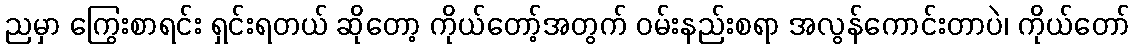
ညမှာ ကြွေးစာရင်း ရှင်းရတယ် ဆိုတော့ ကိုယ်တော့်အတွက် ဝမ်းနည်းစရာ အလွန်ကောင်းတာပဲ၊ ကိုယ်တော်